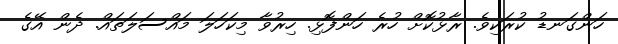
ހަންގަނޑު ކުރަކިވެ. ރާޅުކޮށް ހުރެ ހަންފޮޅި. ހިރުވާ މިކަހަލަ މައްސަލަތައް. ދެން އޭގެ